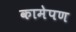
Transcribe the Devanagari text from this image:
कामेपण